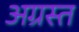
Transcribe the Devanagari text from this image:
अग्रस्त